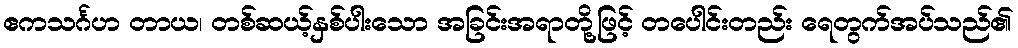
ဧကသင်္ဂဟ တာယ၊ တစ်ဆယ့်နှစ်ပါးသော အခြင်းအရာတို့ဖြင့် တပေါင်းတည်း ရေတွက်အပ်သည်၏